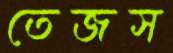
তেজস